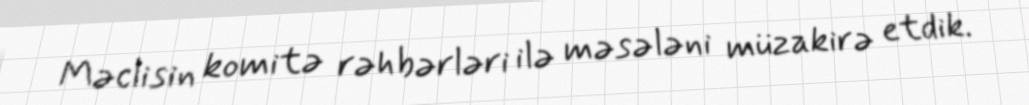
Məclisin komitə rəhbərləri ilə məsələni müzakirə etdik.